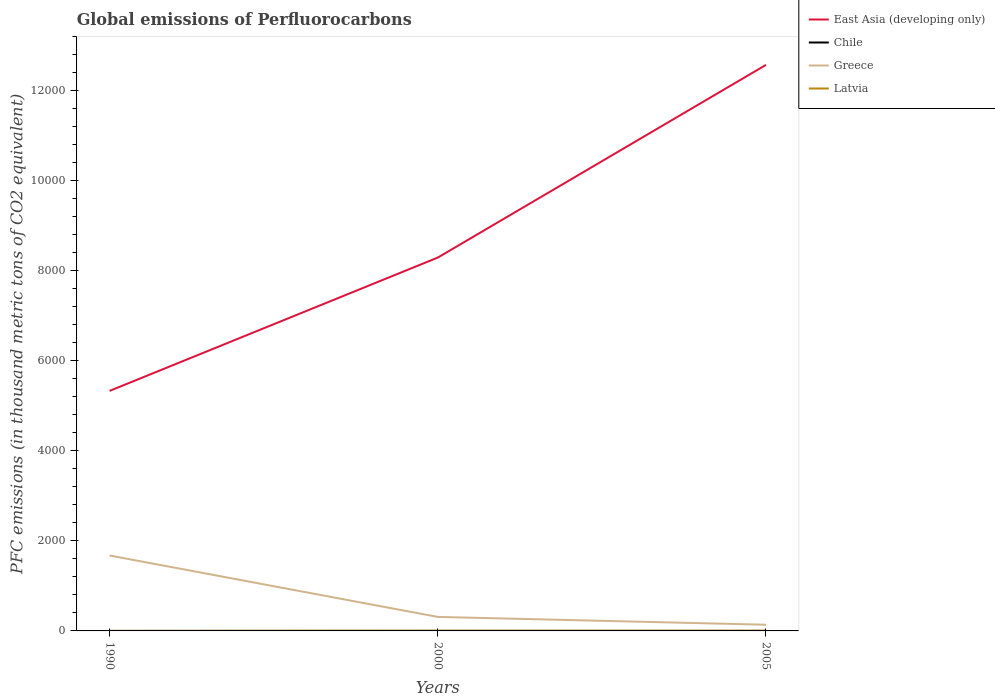
| Years | East Asia (developing only) | Chile | Greece | Latvia |
 | --- | --- | --- | --- | --- |
 | 1990 | 5.33e+03 | 0.2 | 1.68e+03 | 0.7 |
 | 2000 | 8.3e+03 | 0.2 | 311 | 5.7 |
 | 2005 | 1.26e+04 | 0.2 | 138 | 5.5 |